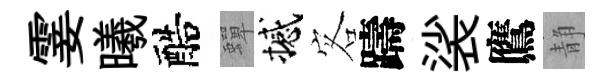
霎曦醅蟬撼客躊裟鷹静